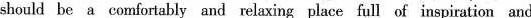
should be a comfortably and relaxing place full of inspiration and